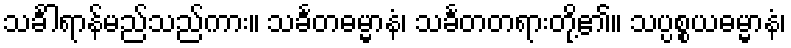
သင်္ခါရာန်မည်သည်ကား။ သင်္ခတဓမ္မာနံ၊ သင်္ခတတရားတို့၏။ သပ္ပစ္စယဓမ္မာနံ၊